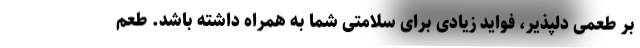
بر طعمی دلپذیر، فواید زیادی برای سلامتی شما به همراه داشته باشد. طعم